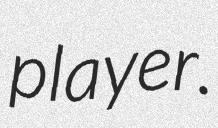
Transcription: player.